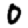
Digit: 0